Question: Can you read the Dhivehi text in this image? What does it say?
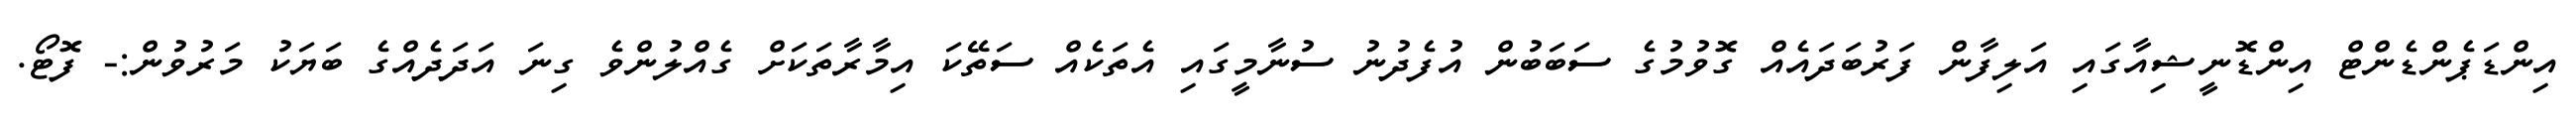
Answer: އިންޑަޕެންޑެންޓް އިންޑޮނީޝިއާގައި އަލިފާން ފަރުބަދައެއް ގޮވުމުގެ ސަބަބުން އުފެދުނު ސުނާމީގައި އެތަކެއް ސަތޭކަ އިމާރާތަކަށް ގެއްލުންވެ ގިނަ އަދަދެއްގެ ބަޔަކު މަރުވުން:- ފޮޓޯ.